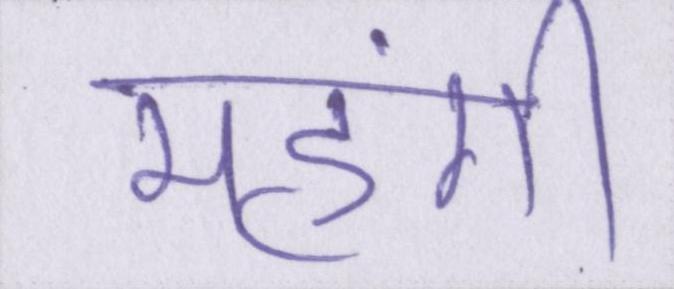
महंगी